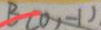
B ( O , - 1 )